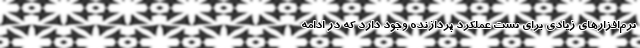
نرم‌افزارهای زیادی برای تست عملکرد پردازنده وجود دارد که در ادامه